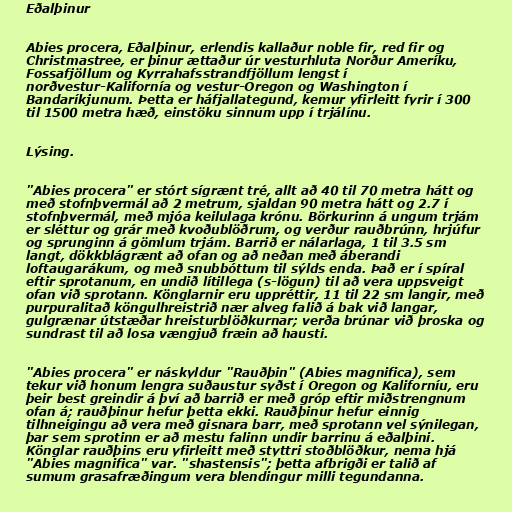
Eðalþinur

Abies procera, Eðalþinur, erlendis kallaður noble fir, red fir og
Christmastree, er þinur ættaður úr vesturhluta Norður Ameríku,
Fossafjöllum og Kyrrahafsstrandfjöllum lengst í
norðvestur-Kalifornía og vestur-Oregon og Washington í
Bandaríkjunum. Þetta er háfjallategund, kemur yfirleitt fyrir í 300
til 1500 metra hæð, einstöku sinnum upp í trjálínu.

Lýsing.

"Abies procera" er stórt sígrænt tré, allt að 40 til 70 metra hátt og
með stofnþvermál að 2 metrum, sjaldan 90 metra hátt og 2.7 í
stofnþvermál, með mjóa keilulaga krónu. Börkurinn á ungum trjám
er sléttur og grár með kvoðublöðrum, og verður rauðbrúnn, hrjúfur
og sprunginn á gömlum trjám. Barrið er nálarlaga, 1 til 3.5 sm
langt, dökkblágrænt að ofan og að neðan með áberandi
loftaugarákum, og með snubbóttum til sýlds enda. Það er í spíral
eftir sprotanum, en undið lítillega (s-lögun) til að vera uppsveigt
ofan við sprotann. Könglarnir eru uppréttir, 11 til 22 sm langir, með
purpuralitað köngulhreistrið nær alveg falið á bak við langar,
gulgrænar útstæðar hreisturblöðkurnar; verða brúnar við þroska og
sundrast til að losa vængjuð fræin að hausti.

"Abies procera" er náskyldur "Rauðþin" (Abies magnifica), sem
tekur við honum lengra suðaustur syðst í Oregon og Kaliforníu, eru
þeir best greindir á því að barrið er með gróp eftir miðstrengnum
ofan á; rauðþinur hefur þetta ekki. Rauðþinur hefur einnig
tilhneigingu að vera með gisnara barr, með sprotann vel sýnilegan,
þar sem sprotinn er að mestu falinn undir barrinu á eðalþini.
Könglar rauðþins eru yfirleitt með styttri stoðblöðkur, nema hjá
"Abies magnifica" var. "shastensis"; þetta afbrigði er talið af
sumum grasafræðingum vera blendingur milli tegundanna.